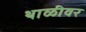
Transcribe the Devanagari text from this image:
थाळीवर